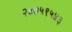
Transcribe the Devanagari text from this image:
२४७५९५४३